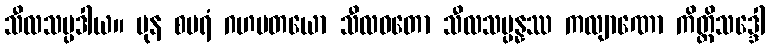
သီလသမ္ပဒါယ။ ပုန စပရံ ဂဟပတယော သီလဝတော သီလသမ္ပန္နဿ ကလျာဏော ကိတ္တိသဒ္ဒေါ